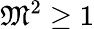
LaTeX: {\mathfrak{M}}^{2}\geq 1